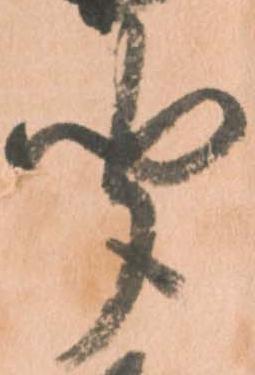
聞